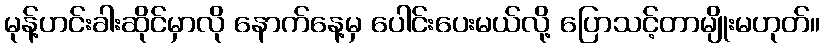
မုန့်ဟင်းခါးဆိုင်မှာလို နောက်နေ့မှ ပေါင်းပေးမယ်လို့ ပြောသင့်တာမျိုးမဟုတ်။